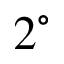
2 ^ { \circ }